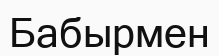
Бабырмен